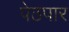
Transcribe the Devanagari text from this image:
पेठपार